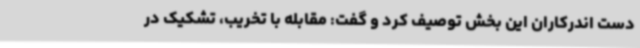
دست اندرکاران این بخش توصیف کرد و گفت: مقابله با تخریب، تشکیک در